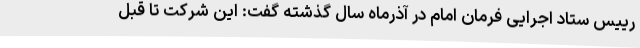
رییس ستاد اجرایی فرمان امام در آذرماه سال گذشته گفت: این شرکت تا قبل